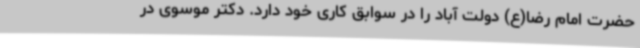
حضرت امام رضا(ع) دولت آباد را در سوابق کاری خود دارد. دکتر موسوی در